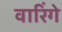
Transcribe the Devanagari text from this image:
वारिंगे